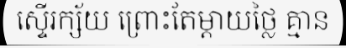
ស្ទើរក្ស័យ ព្រោះតែម្តាយថ្លៃ គ្មាន